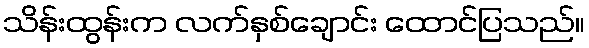
သိန်းထွန်းက လက်နှစ်ချောင်း ထောင်ပြသည်။